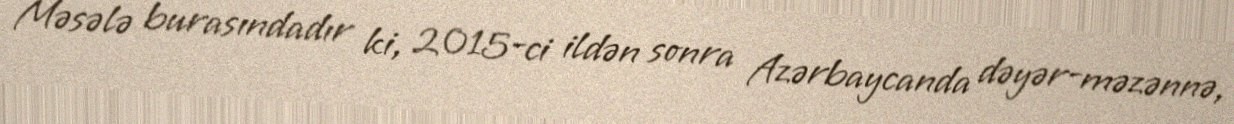
Məsələ burasındadır ki, 2015-ci ildən sonra Azərbaycanda dəyər-məzənnə,